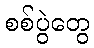
စစ်ပွဲတွေ